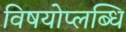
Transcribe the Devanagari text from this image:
विषयोप्लब्धि